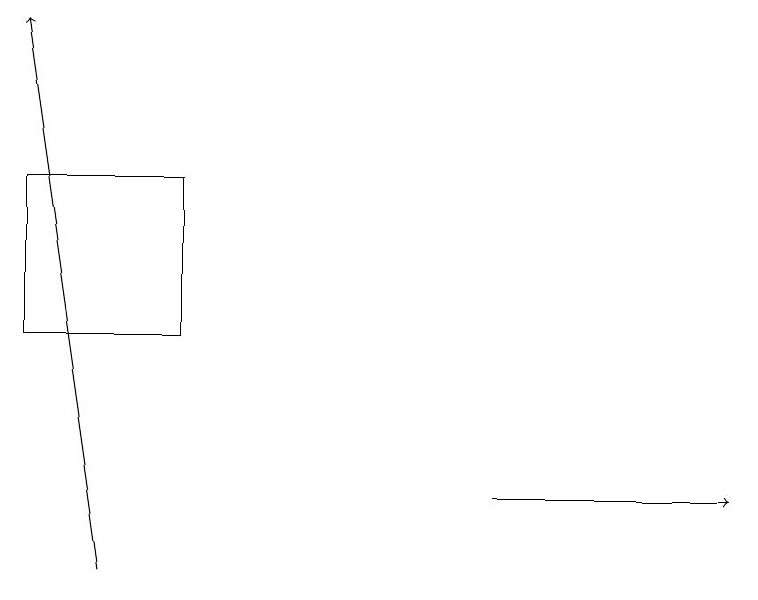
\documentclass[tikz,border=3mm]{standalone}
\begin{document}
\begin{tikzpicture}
\draw[->] (6,12) -- (9,12);
\draw[->] (1,11) -- (0,18);
\draw (2,14) rectangle (0,16);
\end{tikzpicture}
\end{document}